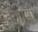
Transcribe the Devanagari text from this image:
हकोमी